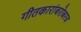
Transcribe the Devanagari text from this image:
गीतकारांबरोबरच